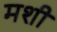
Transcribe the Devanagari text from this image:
मशी